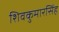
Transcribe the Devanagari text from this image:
शिवकुमारसिंह